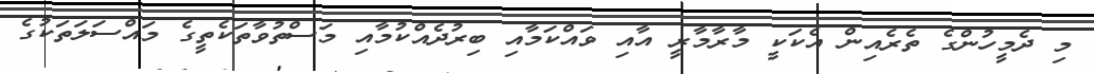
މި ދެމީހުންގެ ތެރެއިން އެކަކީ މާރާމާރީ އާއި ވައްކަމާއި ބިރުދެއްކުމާއި މަސްތުވާތަކެތީގެ މައްސަލަތަކުގެ